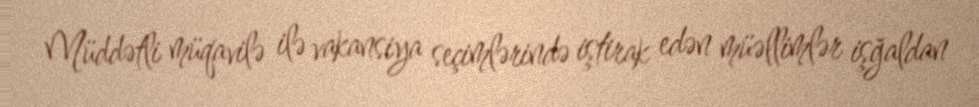
Müddətli müqavilə ilə vakansiya seçimlərində iştirak edən müəllimlər işğaldan